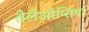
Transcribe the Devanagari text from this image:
तेलेओप्सिया